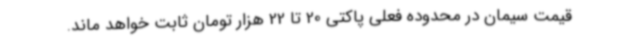
قیمت سیمان در محدوده فعلی پاکتی 20 تا 22 هزار تومان ثابت خواهد ماند.